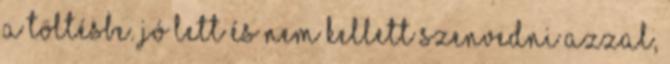
a töltésbe. Jó lett és nem kellett szenvedni azzal,